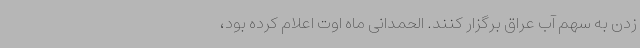
زدن به سهم آب عراق برگزار کنند. الحمدانی ماه اوت اعلام کرده بود،